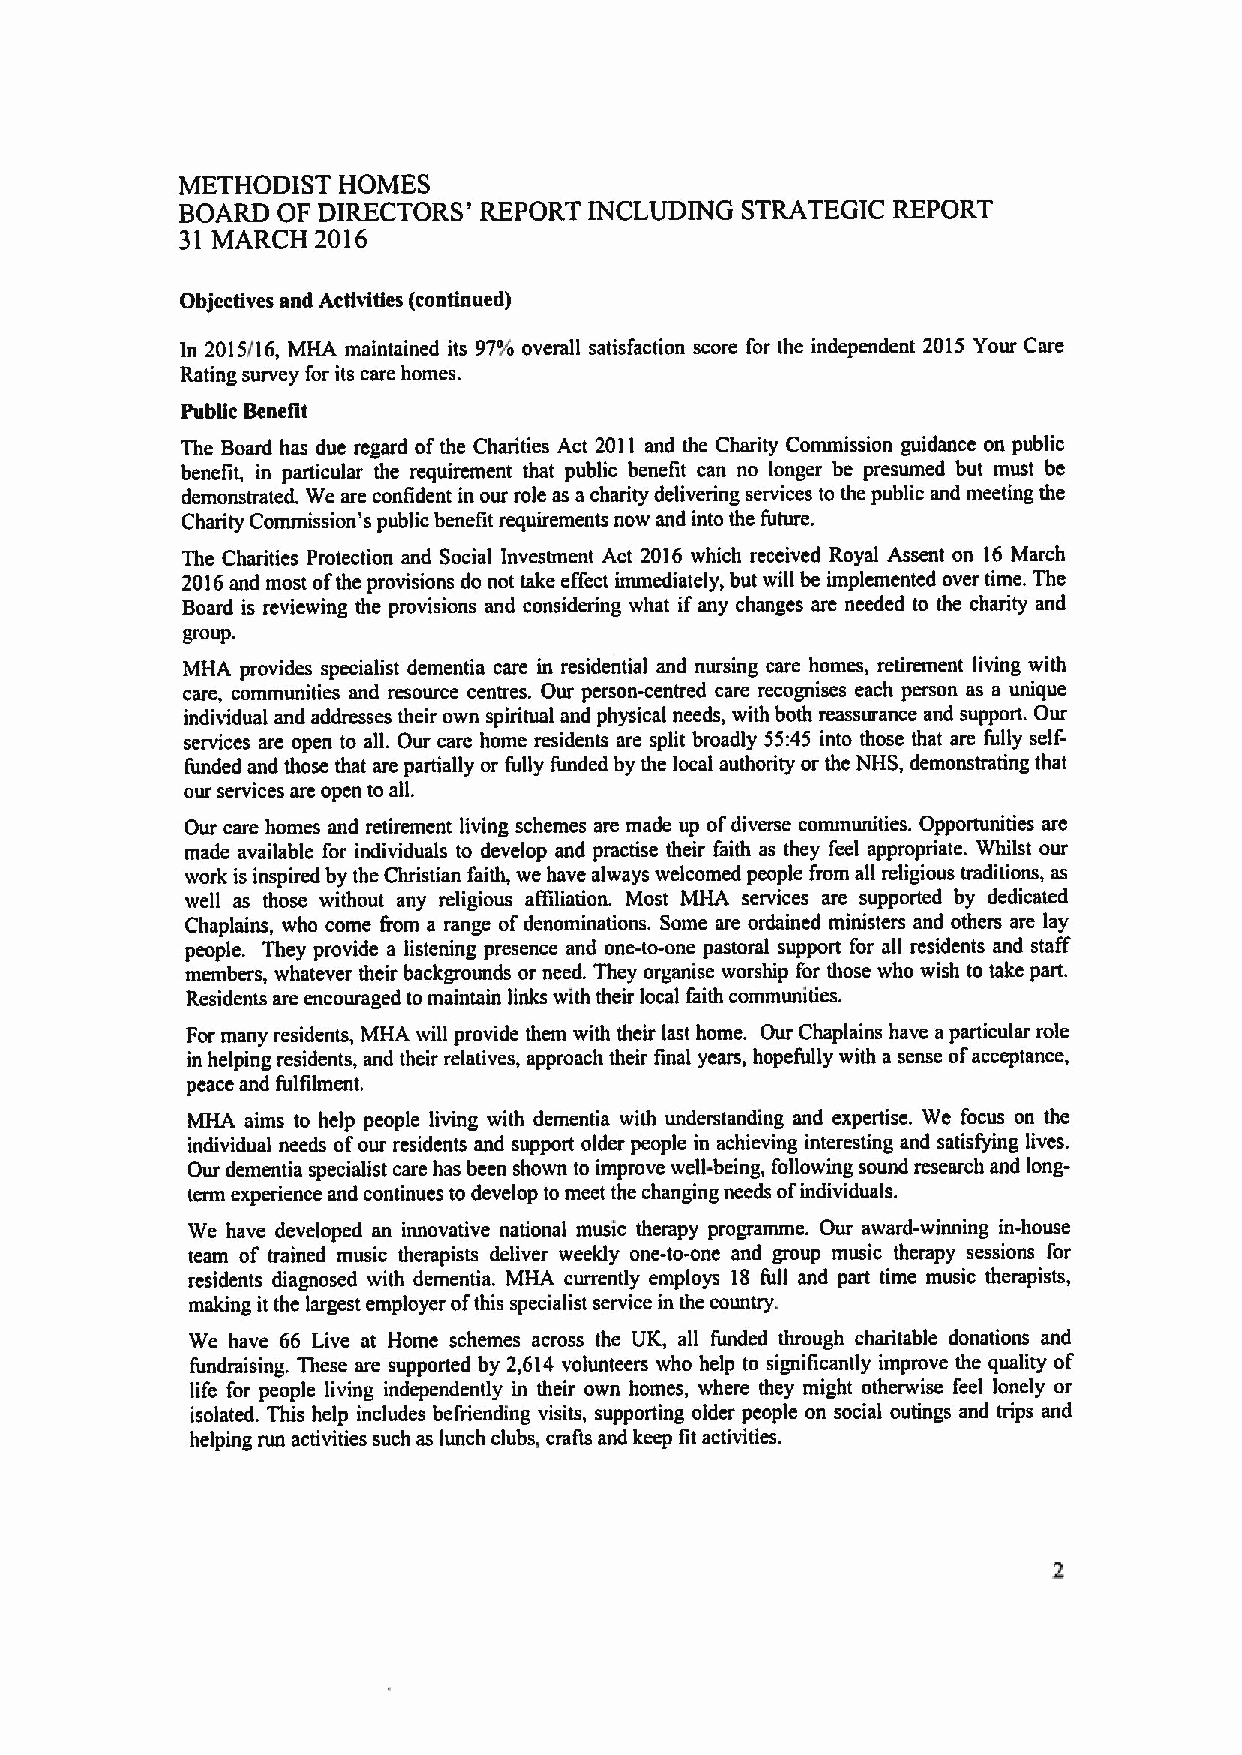
METHODIST HOMES
 BOARD OF DIRECTORS' REPORT INCLUDING STRATEGIC REPORT
 31 MARCH 2016
 Objectives and Activities (continued)
 In 2015/16, MHA maintained its 97%overall satisfaction score for the independent 2015 Your Care
 Rating survey for its care homes.
 Public Benellt
 The Board has due regard ofthe Charities Act 2011 and the Charity Commission guidance on public
 benefit, in particular the requirement that public benefit can no longer be presumed but must be
 demonstrated. We are confident in our role as acharity delivering services to the public and meeting the
 Charity Commission's public benefit requirements now and into the future.
 The Charities Protection and Social Investment Act 2016 which received Royal Assent on 16 March
 2016and most ofthe provisions do not take effect immediately, but will be implemented over time. The
 Board is reviewing the provisions and considering what if any changes are needed to the charity and
 group.
 MHA provides specialist dementia care in residential and nursing care homes, retirement living with
 care, communities and resource centres. Ow person-centred care recognises each person as a unique
 individual and addresses their own spiritual and physical needs, with both reassurance and support. Our
 services are open to all. Our care home residents are split broadly 55:45 into those that are fully self-
 funded and those that are partially or fully funded by the local authority or the NHS, demonstrating that
 our services are open to all.
 Our care homes and retirement living schemes are made up ofdiverse communities. Opportunities are
 made available for individuals to develop and practise their faith as they feel appropriate. Whilst our
 work is inspired by the Christian faith, we have always welcomed people from all religious traditions, as
 well as those without any religious affiliation. Most MHA services are supported by dedicated
 Chaplains, who come Irom a range ofdenominations. Some are ordained ministers and others are lay
 people. They provide a listening presence and one-to-one pastoral support for all residents and staff
 members, whatever their backgrounds or need. They organise worship for those who wish to take part.
 Residents are encouraged tomaintain links with their local faith communities.
 For many residents, MHA will provide them with their last home. Our Chaplains have aparticular role
 in helping residents, and their relatives, approach their final years, hopefully with a sense ofacceptance,
 peace and fulfilment.
 MHA aims to help people living with dementia with understanding and expertise. We focus on the
 individual needs ofour residents and support older people in achieving interesting and satisfying lives.
 Our dementia specialist care has been shown to improve well-being, following sound research and long-
 term experience and continues to develop to meet the changing needs ofindividuals.
 We have developed an innovative national music therapy programme. Our award-winning in-house
 team of trained music therapists deliver weekly one-to-one and group music therapy sessions for
 residents diagnosed with dementia. MHA currently employs 18 full and part time music therapists,
 making itthe largest employer ofthis specialist service in the country.
 We have 66 Live at Home schemes across the UK, all funded through charitable donations and
 fundraising. These are supported by 2,614 volunteers who help to significantly improve the quality of
 life for people living independently in their own homes, where they might otherwise feel lonely or
 isolated. This help includes be&iending visits, supporting older people on social outings and trips and
 helping run activities such as lunch clubs, crafts and keep fit activities.